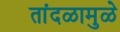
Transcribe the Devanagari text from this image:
तांदळामुळे